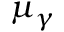
\mu _ { \gamma }